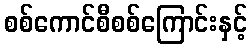
စစ်ကောင်စီစစ်ကြောင်းနှင့်